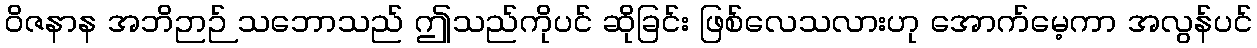
ဝိဇနာန အဘိဉာဉ် သဘောသည် ဤသည်ကိုပင် ဆိုခြင်း ဖြစ်လေသလားဟု အောက်မေ့ကာ အလွန်ပင်